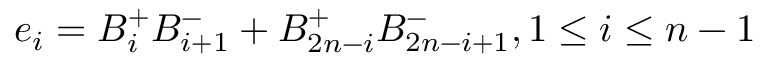
e _ { i } = B _ { i } ^ { + } B _ { i + 1 } ^ { - } + B _ { 2 n - i } ^ { + } B _ { 2 n - i + 1 } ^ { - } , 1 \leq i \leq n - 1